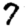
Digit: 7